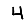
Digit: 4